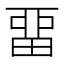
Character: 畱